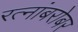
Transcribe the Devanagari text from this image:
रत्नांबरोबर